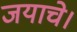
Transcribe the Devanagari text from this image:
जयाचे।